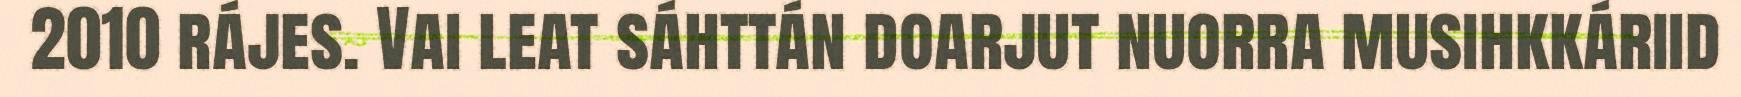
2010 rájes. Vai leat sáhttán doarjut nuorra musihkkáriid